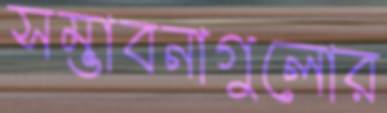
সম্ভাবনাগুলোর